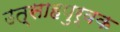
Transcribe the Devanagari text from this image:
उत्साहपुर्वक